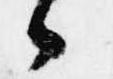
々